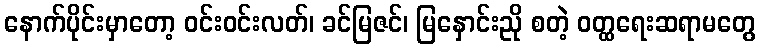
နောက်ပိုင်းမှာတော့ ဝင်းဝင်းလတ်၊ ခင်မြဇင်၊ မြနှောင်းညို စတဲ့ ဝတ္ထရေးဆရာမတွေ